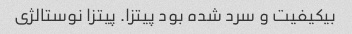
بیکیفیت و سرد شده بود پیتزا. پیتزا نوستالژی